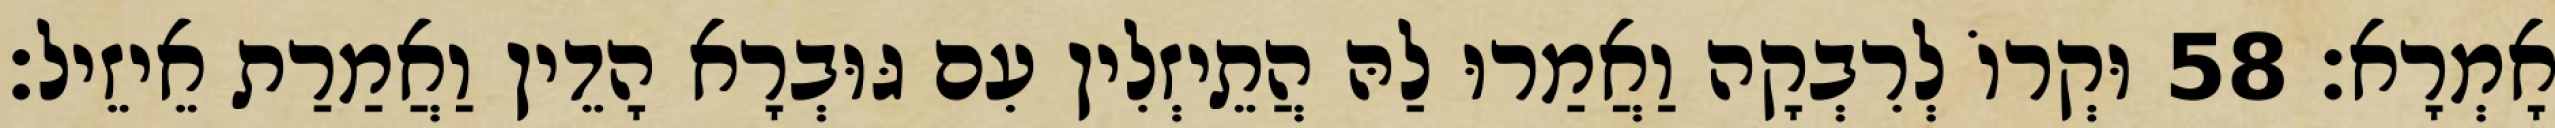
אָמְרָא׃ 58 וּקְרוֹ לְרִבְקָה וַאֲמַרוּ לַהּ הֲתֵיזְלִין עִם גּוּבְרָא הָדֵין וַאֲמַרַת אֵיזֵיל׃